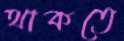
থাকতে